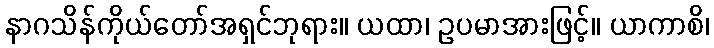
နာဂသိန်ကိုယ်တော်အရှင်ဘုရား။ ယထာ၊ ဥပမာအားဖြင့်။ ယာကာစိ၊